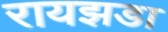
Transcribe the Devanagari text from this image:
रायझडा